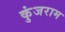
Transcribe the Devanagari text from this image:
कुंजराम